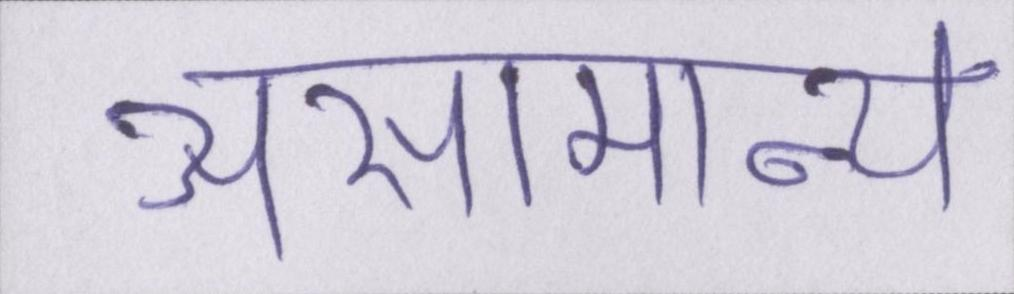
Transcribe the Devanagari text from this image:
असामान्य